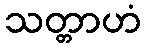
သတ္တာဟံ